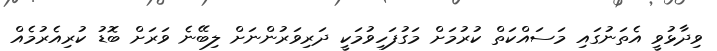
ވިދާޅުވީ އެތަނުގައި މަސައްކަތް ކުރުމަށް މަގުފަހިވުމަކީ ދަރިވަރުންނަށް ލިބޭނެ ވަރަށް ބޮޑު ކުރިއެރުމެއް